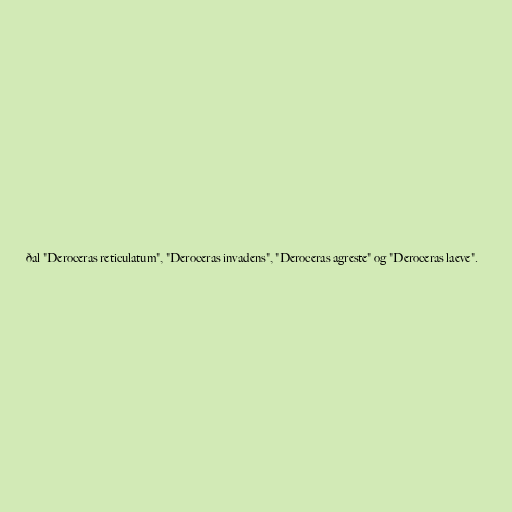
ðal "Deroceras reticulatum", "Deroceras invadens", "Deroceras agreste" og "Deroceras laeve".